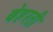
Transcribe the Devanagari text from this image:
बेहरती